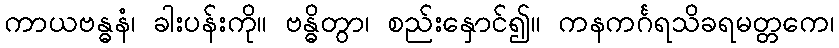
ကာယဗန္ဓနံ၊ ခါးပန်းကို။ ဗန္ဓိတွာ၊ စည်းနှောင်၍။ ကနကင်္ဂရသိခရမတ္တကေ၊